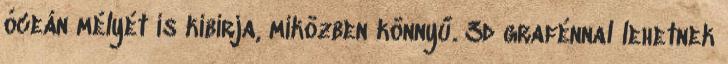
óceán mélyét is kibírja, miközben könnyű. 3d grafénnal lehetnek